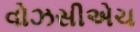
વોઝસીએચ